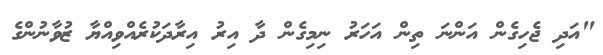
"އަދި ޖެހިގެން އަންނަ ތިން އަހަރު ނިމިގެން ދާ އިރު އިރާދަކުރެއްވިއްޔާ ޒުވާނުންގެ